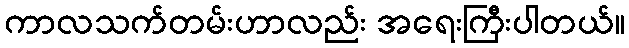
ကာလသက်တမ်းဟာလည်း အရေးကြီးပါတယ်။